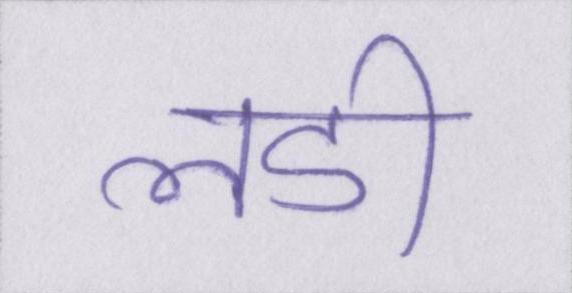
लडी